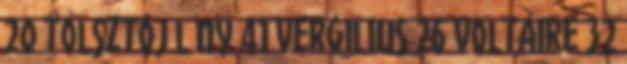
20 tolsztoj l ny 41 vergilius 26 voltaire 32